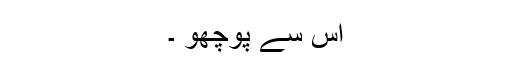
اس سے پوچھو ۔